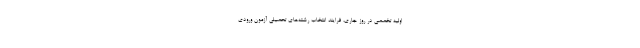
اولیه تخصصی در روز جاری، فرایند انتخاب رشته‌های تحصیلی آزمون ورودی